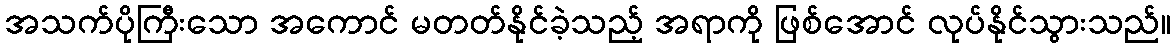
အသက်ပိုကြီးသော အကောင် မတတ်နိုင်ခဲ့သည့် အရာကို ဖြစ်အောင် လုပ်နိုင်သွားသည်။